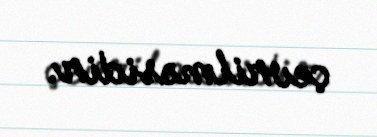
çevrilməsidir.